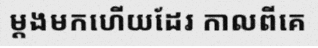
ម្តងមកហើយដែរ កាលពីគេ